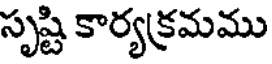
సృష్టి కార్యక్రమము